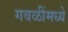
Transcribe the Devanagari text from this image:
गवळींमध्ये